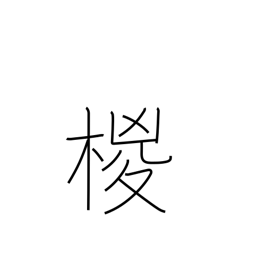
Meaning: hemp palm